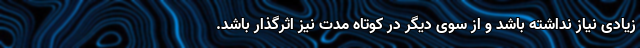
زیادی نیاز نداشته باشد و از سوی دیگر در کوتاه مدت نیز اثرگذار باشد.